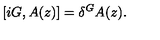
\left[ i G , A ( z ) \right] = \delta ^ { G } A ( z ) .